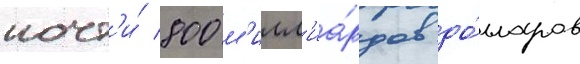
почт'и́ 800 м'илл'иа́рдов до́лларов